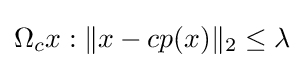
\Omega _{c}{x:\|x-cp(x)\|_{2}\leq \lambda }